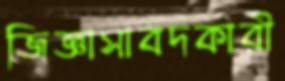
জিজ্ঞাসাবদকারী